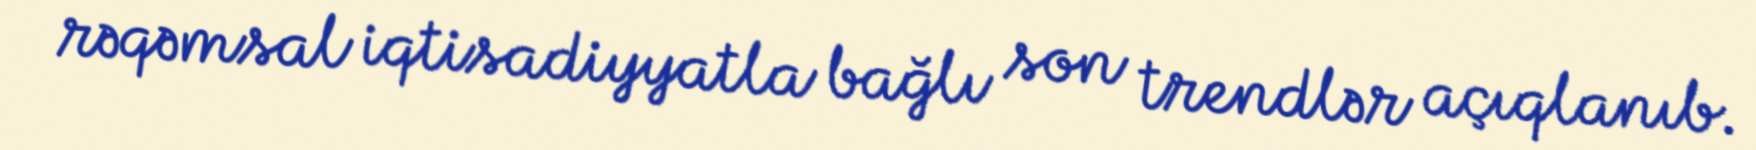
rəqəmsal iqtisadiyyatla bağlı son trendlər açıqlanıb.